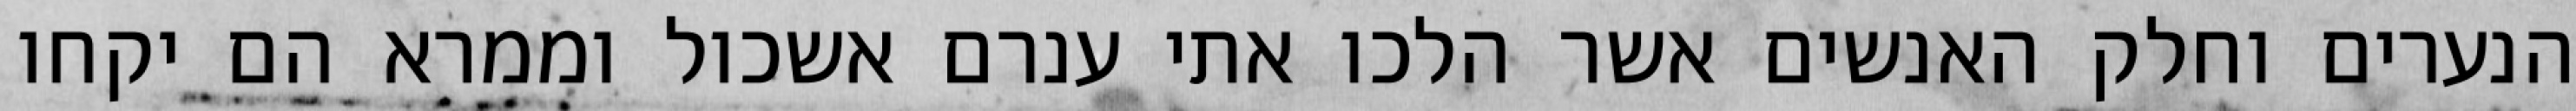
הנערים וחלק האנשים אשר הלכו אתי ענרם אשכול וממרא הם יקחו